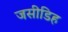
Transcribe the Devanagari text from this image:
जसीडिह